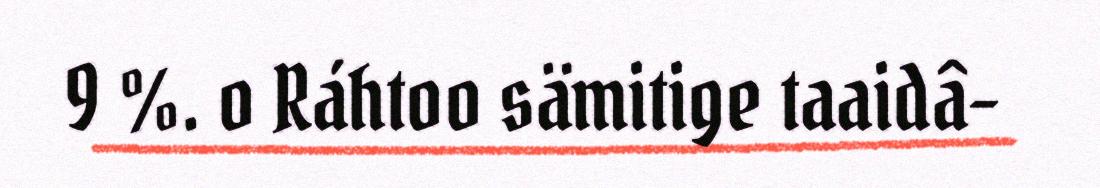
9 %. o Ráhtoo sämitige taaidâ-